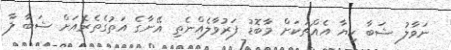
ނަވާލު ޝަބާ ކިޔާ އެއްޗަކަށް މާބޮޑު ފަރުވާލެއްނެތި އޭނާގެ އަތުގެތެރެއަށް ޝަބާ ލާ